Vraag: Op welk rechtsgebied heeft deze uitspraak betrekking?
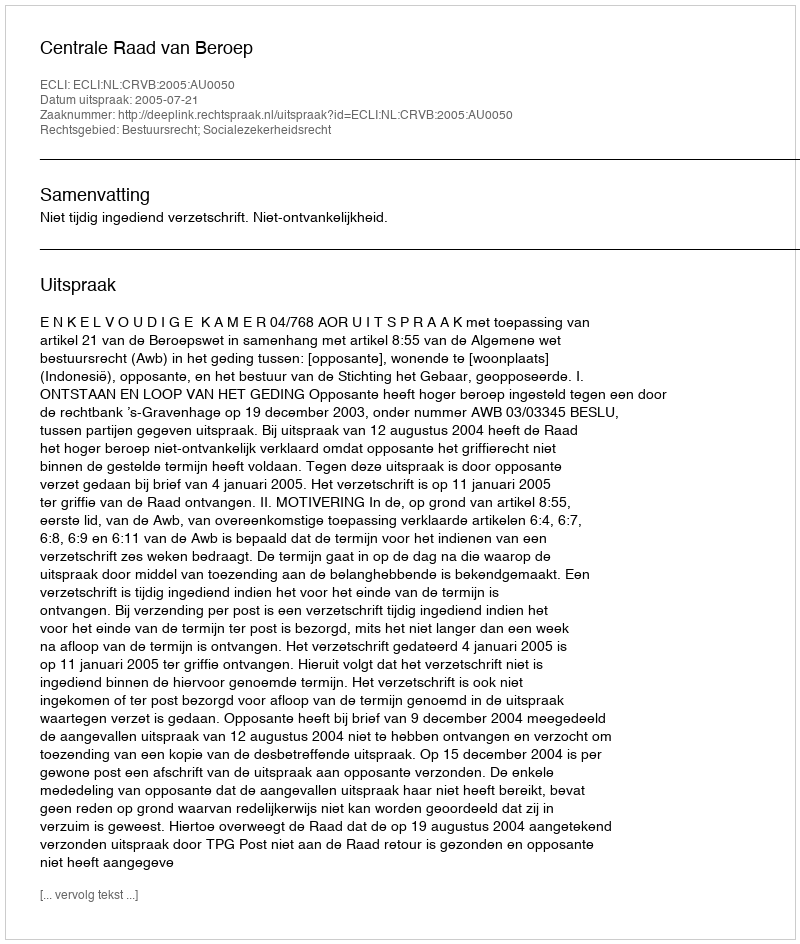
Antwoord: Bestuursrecht; Socialezekerheidsrecht